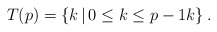
\begin{align*}T(p) = \left\{ k \, \vert\, 0\leq k\leq p-1 k \right\}.\end{align*}